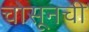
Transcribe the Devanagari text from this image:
चोसूनची